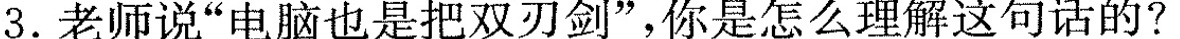
3. 老师说”电脑也是把双刃剑”，你是怎么理解这句话的?